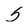
Character: 5